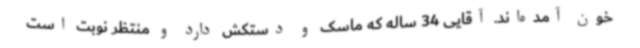
خون آمده‌اند. آقایی 34 ساله که ماسک و دستکش دارد و منتظر نوبت است